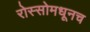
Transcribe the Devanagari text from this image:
रोस्सोमधूनच